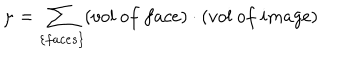
LaTeX: \mu = \sum _ { \{ f a c e s \} } ( v o l ~ o f ~ f a c e ) \cdot ( v o l ~ o f ~ i m a g e )